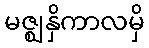
မဇ္ဈနှိကာလမှိ